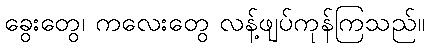
ခွေးတွေ၊ ကလေးတွေ လန့်ဖျပ်ကုန်ကြသည်။